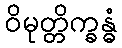
ဝိမုတ္တိက္ခန္ဓံ